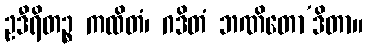
ဥဒီရိတဉ္စ ကထိတံ၊ ဂဒိတံ ဘဏိတော’ဒိတာ။